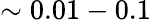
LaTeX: \sim 0.01-0.1